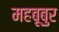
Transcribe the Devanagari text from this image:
महबूबुर